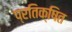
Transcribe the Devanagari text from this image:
प्रतिक्षित